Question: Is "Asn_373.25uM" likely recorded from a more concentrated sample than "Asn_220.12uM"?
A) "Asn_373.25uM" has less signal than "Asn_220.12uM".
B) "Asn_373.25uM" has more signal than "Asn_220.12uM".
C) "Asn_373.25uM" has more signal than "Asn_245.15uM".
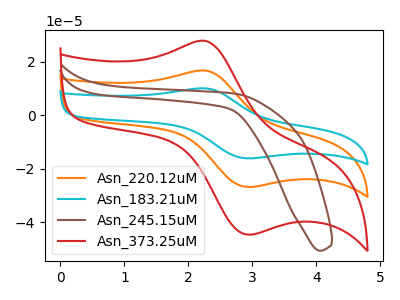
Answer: <think>The orange curve "Asn_220.12uM" has an anodic peak at (2.30V, 16.65uA) and a cathodic peak at (2.95V, -26.85uA). The cyan curve "Asn_183.21uM" has an anodic peak at (2.30V, 33.30uA) and a cathodic peak at (2.95V, -53.65uA). The brown curve "Asn_245.15uM" has no peaks. The red curve "Asn_373.25uM" has an anodic peak at (2.30V, 27.70uA) and a cathodic peak at (2.95V, -44.65uA).
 All the peaks in "Asn_373.25uM" have a peak in "Asn_220.12uM" at the same potential. Every peak in "Asn_373.25uM" is higher than every peak in "Asn_220.12uM".</think>
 <answer>B) "Asn_373.25uM" has more signal than "Asn_220.12uM".</answer>
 <eval>B</eval>